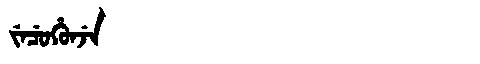
Manchu: ᠵᡝᠴᡠᡥᡠᠨᠵᡝ
Romanization: JECUHUNJE